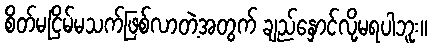
စိတ်မငြိမ်မသက်ဖြစ်လာတဲ့အတွက် ချည်နှောင်လို့မရပါဘူး။